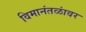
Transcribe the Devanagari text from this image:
विमानंतळांवर